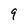
Character: 9